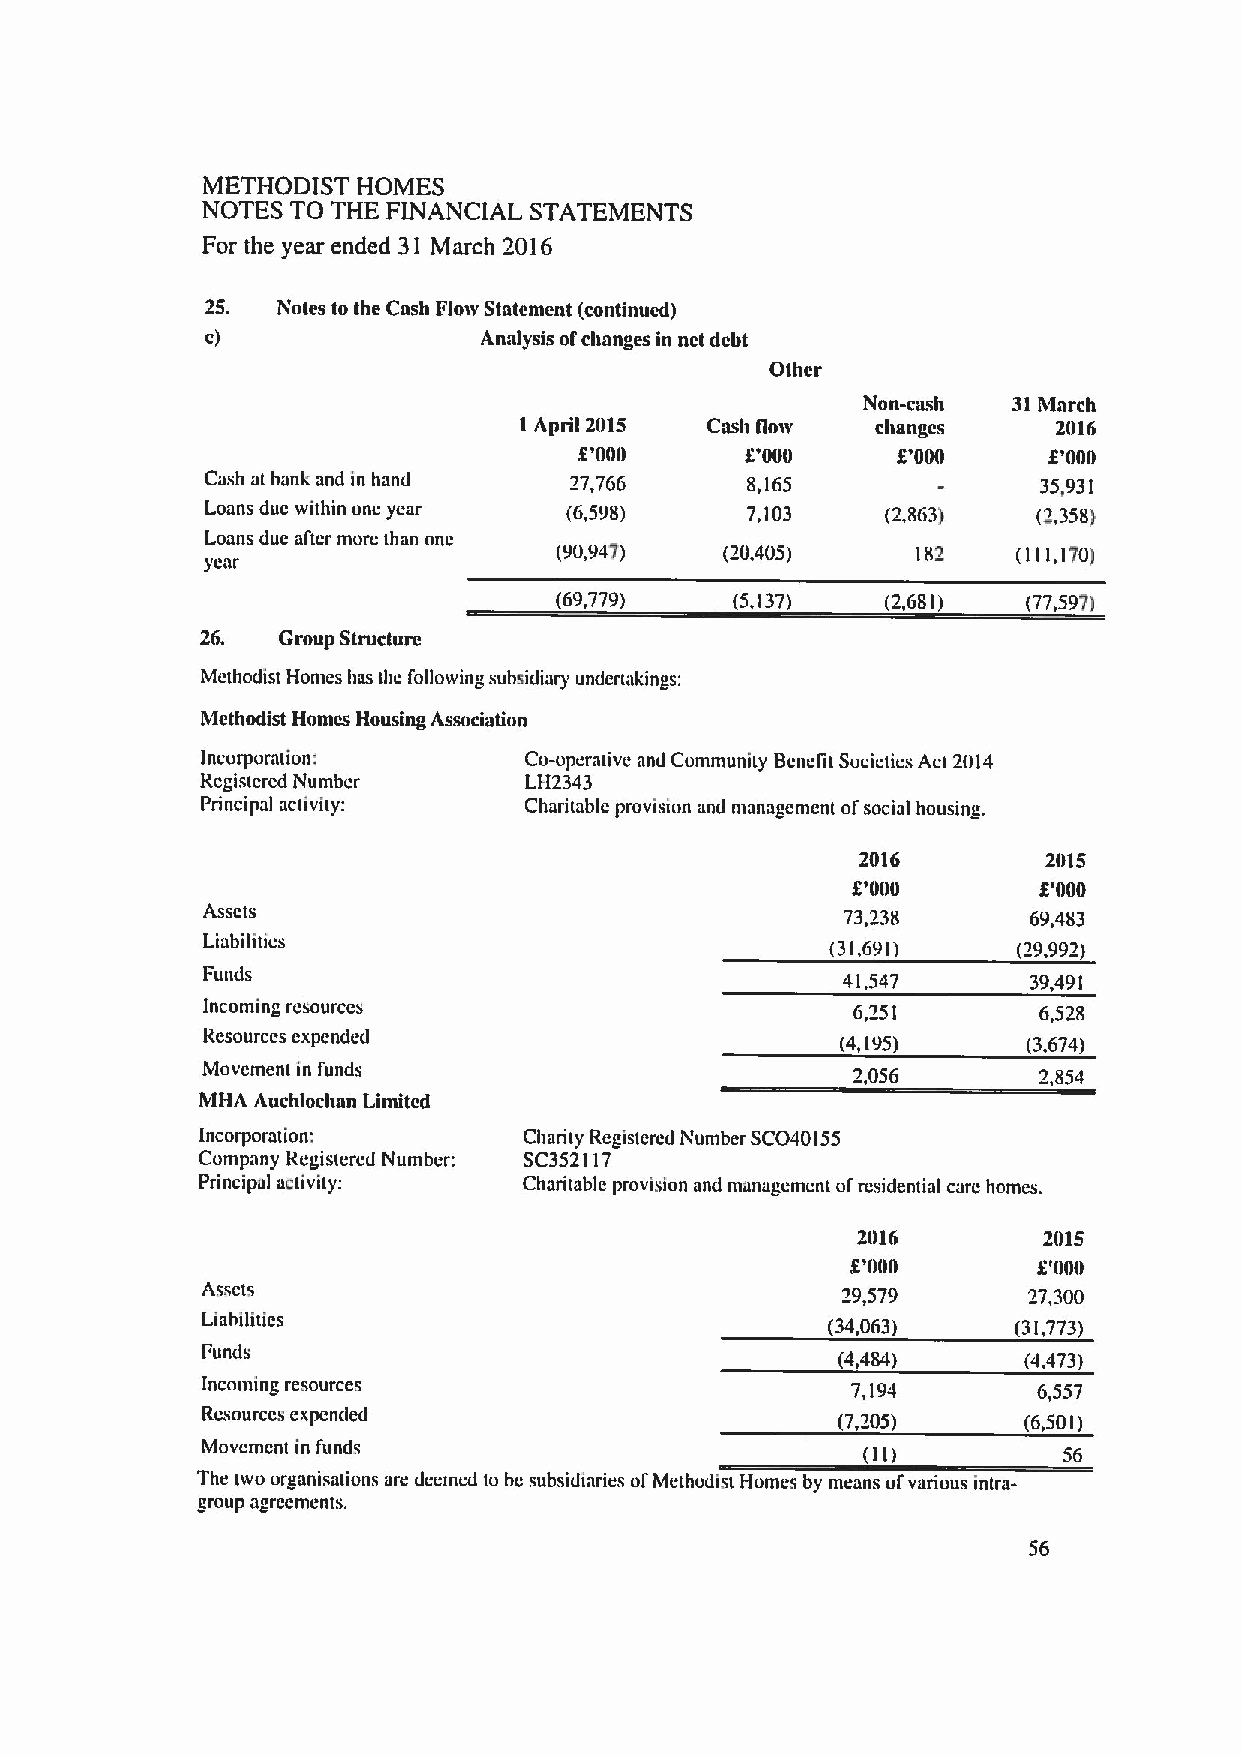
METHODIST  HOMES
 NOTES TO THE FINANCIAL STATEMENTS
 For the year ended 31 March 2016
 25. Notes to the Cash Flow Statement (continued)
 c)                Analysis ofchanges in nct debt
 Other
 Non-cash  31March
 I April 2015 Casll llolv changes    2016
 K'000      g'000     X'000     X'000
 Cash at bank and in hand 27,766    8,165               35,931
 Loans due within one year (6,598)  7,103     (2,863)   (2,358)
 Loans due al'tcr more than one
 (90,947)   (20,405)     182   (111,170)
 year
 (69,779)    (5,137)   (2,681)  (77,597)
 26.  Group Structure
 Methodist Homes has the following subsidiary undertakings:
 Methodist Homes Housing Association
 Incorporation;        Co-operative and Community Beneltt Societies Act 2014
 Rcgistcrcd Number     LH2343
 Principal activity:   Charitable provision and management ofsocial housing.
 2016        2015
 X'000        X'000
 Assets                                     73,238      69,483
 Liabilities                               (31,691)    (29,992)
 Funds                                      41,547      39,491
 Incoming resources                          6,251       6,528
 Resources expended                         (4,195)     (3,674)
 Movement in funds                           2,056       2,854
 MHA Auchlochan Limited
 Incorporation:        Charity Registered Number SCO40155
 Company Registered Number: SC352117
 Principal activity:   Charitable provision and management ofresidential care homes.
 2(116       2015
 8'I)tlo      g'000
 Assets                                     29,579      27,300
 Liabilities                               (34,063)    (31,773)
 Funds                                      (4,484)     (4,473)
 Incoming resources                         7,194        6,557
 Resources expended                        (7,205)      (6,501)
 Movementin funds                                         56
 The uvo organisations are deemed to be subsidiaries ofMethodist Homes by means ol'various intra-
 group agfeeltlellts.
 56